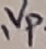
Text: Vp